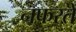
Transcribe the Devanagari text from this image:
नफरतें